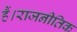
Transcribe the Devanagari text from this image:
हैं।राजनीतिक